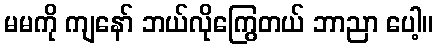
မမကို ကျနော် ဘယ်လိုကြွေတယ် ဘာညာ ပေါ့။